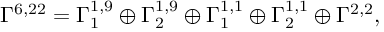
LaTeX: \Gamma ^ { 6 , 2 2 } = \Gamma _ { 1 } ^ { 1 , 9 } \oplus \Gamma _ { 2 } ^ { 1 , 9 } \oplus \Gamma _ { 1 } ^ { 1 , 1 } \oplus \Gamma _ { 2 } ^ { 1 , 1 } \oplus \Gamma ^ { 2 , 2 } ,